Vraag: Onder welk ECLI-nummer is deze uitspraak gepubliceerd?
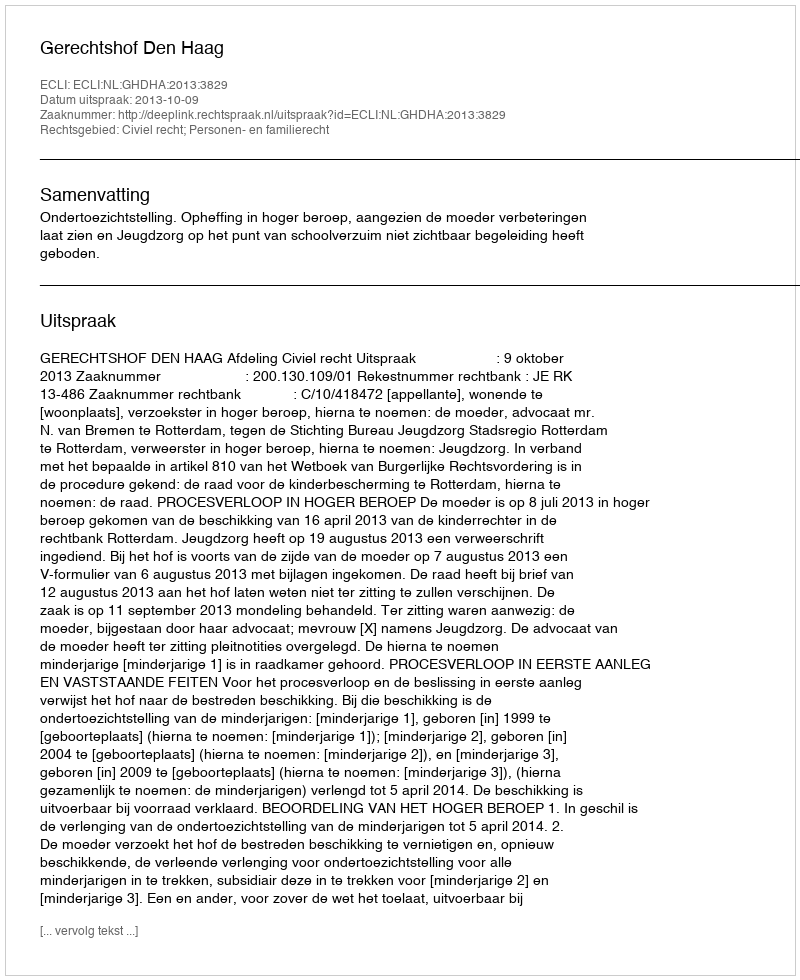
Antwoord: ECLI:NL:GHDHA:2013:3829